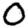
Digit: 0